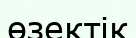
өзектік